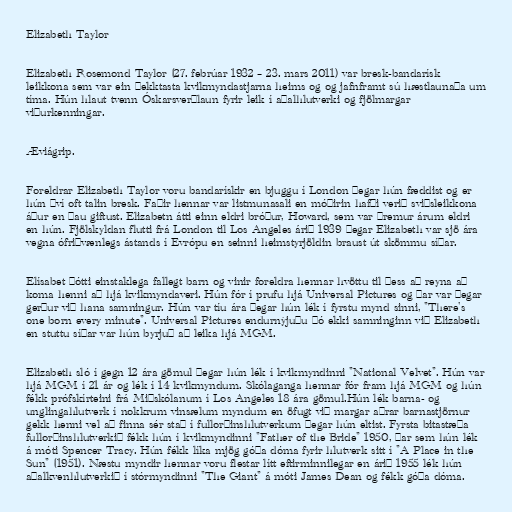
Elizabeth Taylor

Elizabeth Rosemond Taylor (27. febrúar 1932 – 23. mars 2011) var bresk-bandarísk
leikkona sem var ein þekktasta kvikmyndastjarna heims og og jafnframt sú hæstlaunaða um
tíma. Hún hlaut tvenn Óskarsverðlaun fyrir leik í aðalhlutverki og fjölmargar
viðurkenningar.

Æviágrip.

Foreldrar Elizabeth Taylor voru bandarískir en bjuggu í London þegar hún fæddist og er
hún því oft talin bresk. Faðir hennar var listmunasali en móðirin hafði verið sviðsleikkona
áður en þau giftust. Elizabetn átti einn eldri bróður, Howard, sem var þremur árum eldri
en hún. Fjölskyldan flutti frá London til Los Angeles árið 1939 þegar Elizabeth var sjö ára
vegna ófriðvænlegs ástands í Evrópu en seinni heimstyrjöldin braust út skömmu síðar.

Elísabet þótti einstaklega fallegt barn og vinir foreldra hennar hvöttu til þess að reyna að
koma henni að hjá kvikmyndaveri. Hún fór í prufu hjá Universal Pictures og þar var þegar
gerður við hana samningur. Hún var tíu ára þegar hún lék í fyrstu mynd sinni, "There's
one born every minute". Universal Pictures endurnýjuðu þó ekki samninginn við Elizabeth
en stuttu síðar var hún byrjuð að leika hjá MGM.

Elizabeth sló í gegn 12 ára gömul þegar hún lék í kvikmyndinni "National Velvet". Hún var
hjá MGM í 21 ár og lék í 14 kvikmyndum. Skólaganga hennar fór fram hjá MGM og hún
fékk prófskírteini frá Miðskólanum í Los Angeles 18 ára gömul.Hún lék barna- og
unglingahlutverk í nokkrum vinsælum myndum en öfugt við margar aðrar barnastjörnur
gekk henni vel að finna sér stað í fullorðinshlutverkum þegar hún eltist. Fyrsta bitastæða
fullorðinshlutverkið fékk hún í kvikmyndinni "Father of the Bride" 1950, þar sem hún lék
á móti Spencer Tracy. Hún fékk líka mjög góða dóma fyrir hlutverk sitt í "A Place in the
Sun" (1951). Næstu myndir hennar voru flestar lítt eftirminnilegar en árið 1955 lék hún
aðalkvenhlutverkið í stórmyndinni "The Giant" á móti James Dean og fékk góða dóma.